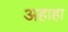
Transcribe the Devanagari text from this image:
अहाहा